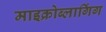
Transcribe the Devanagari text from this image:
माइक्रोब्लागिंग